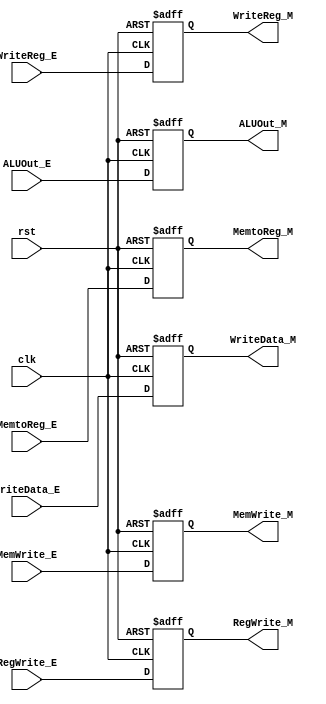
/*
* Module: Memory stage pipeline register
* Description: Register to sparate between execute & memory stages.
*/

module memory_reg_pipe(

    /************************ Input Ports ************************/
    input wire clk,rst,

    input wire RegWrite_E, MemtoReg_E, MemWrite_E,

    input wire [31:0] ALUOut_E, WriteData_E,

    input wire [4:0] WriteReg_E,

    /************************ Output Ports ************************/
    output reg RegWrite_M, MemtoReg_M, MemWrite_M,

    output reg [31:0] ALUOut_M, WriteData_M,

    output reg [4:0] WriteReg_M
);

/************************ Code Start ************************/
always @ (posedge clk or negedge rst)begin
    if(!rst)begin
        RegWrite_M <= 1'd0;
        MemtoReg_M <= 1'd0;
        MemWrite_M <= 1'd0;
        ALUOut_M <= 32'd0;
        WriteData_M <= 32'd0;
        WriteReg_M <= 5'd0;
    end
    else begin
        RegWrite_M <= RegWrite_E;
        MemtoReg_M <= MemtoReg_E;
        MemWrite_M <= MemWrite_E;
        ALUOut_M <= ALUOut_E;
        WriteData_M <= WriteData_E;
        WriteReg_M <= WriteReg_E;
    end
end

endmodule